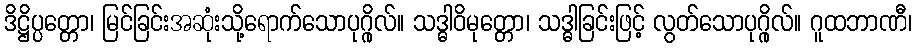
ဒိဋ္ဌိပ္ပတ္တော၊ မြင်ခြင်းအဆုံးသို့ရောက်သောပုဂ္ဂိုလ်။ သဒ္ဓါဝိမုတ္တော၊ သဒ္ဓါခြင်းဖြင့် လွတ်သောပုဂ္ဂိုလ်။ ဂူထဘာဏီ၊